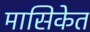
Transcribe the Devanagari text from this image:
मासिकेत